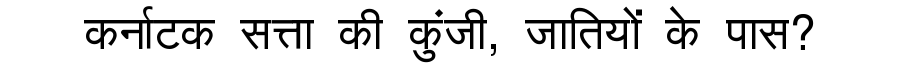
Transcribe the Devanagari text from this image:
कर्नाटक सत्ता की कुंजी, जातियों के पास?